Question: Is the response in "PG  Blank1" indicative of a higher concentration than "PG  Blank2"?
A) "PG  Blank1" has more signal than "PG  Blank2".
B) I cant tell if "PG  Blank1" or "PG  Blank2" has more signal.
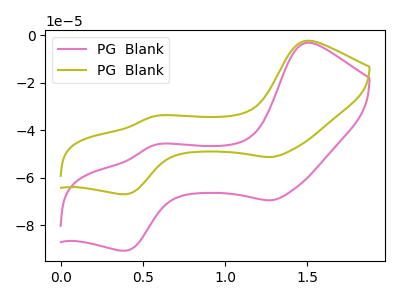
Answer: <think>The pink curve "PG  Blank1" has anodic peaks at (1.50V, -3.30uA) (0.55V, -46.25uA) and cathodic peaks at (1.30V, -69.50uA) (0.40V, -90.70uA). The olive curve "PG  Blank2" has anodic peaks at (1.50V, -2.40uA) (0.55V, -34.15uA) and cathodic peaks at (1.30V, -51.30uA) (0.40V, -66.95uA).
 All the peaks in "PG  Blank1" have a peak in "PG  Blank2" at the same potential.</think>
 <answer>B) I cant tell if "PG  Blank1" or "PG  Blank2" has more signal.</answer>
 <eval>B</eval>